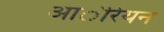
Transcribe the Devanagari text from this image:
आ॓रियन